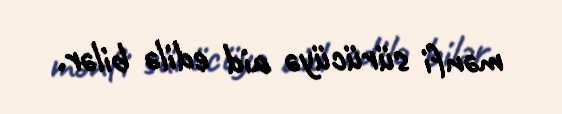
mənfi sürücüyə aid edilə bilər.